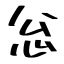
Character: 忩